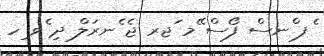
ެފ ްނސް ފޯސް ޭމ ަޖރ ޖެ ެނރަލް ދި ެވ ިހ